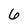
Character: 6